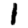
Digit: 1